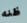
ظنه